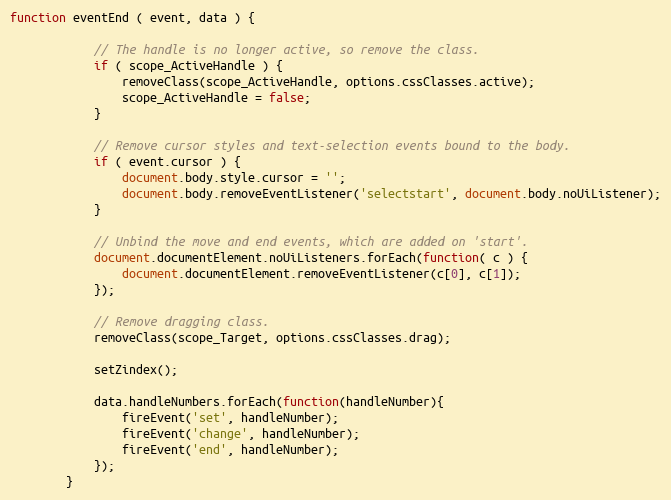
Language: JavaScript
function eventEnd ( event, data ) {

            // The handle is no longer active, so remove the class.
            if ( scope_ActiveHandle ) {
                removeClass(scope_ActiveHandle, options.cssClasses.active);
                scope_ActiveHandle = false;
            }

            // Remove cursor styles and text-selection events bound to the body.
            if ( event.cursor ) {
                document.body.style.cursor = '';
                document.body.removeEventListener('selectstart', document.body.noUiListener);
            }

            // Unbind the move and end events, which are added on 'start'.
            document.documentElement.noUiListeners.forEach(function( c ) {
                document.documentElement.removeEventListener(c[0], c[1]);
            });

            // Remove dragging class.
            removeClass(scope_Target, options.cssClasses.drag);

            setZindex();

            data.handleNumbers.forEach(function(handleNumber){
                fireEvent('set', handleNumber);
                fireEvent('change', handleNumber);
                fireEvent('end', handleNumber);
            });
        }